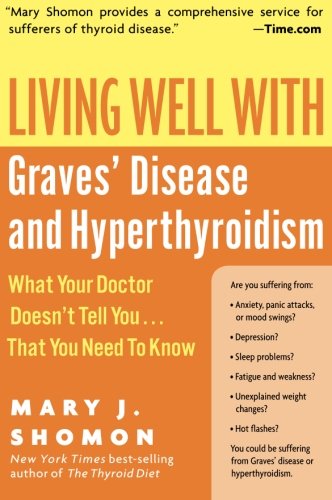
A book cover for Living Well with Graves' Disease and Hyperthyroidism: What Your Doctor Doesn't Tell You...That You Need to Know; Mary J. Shomon; Health, Fitness & Dieting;